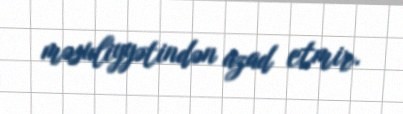
məsuliyyətindən azad etmir.